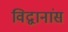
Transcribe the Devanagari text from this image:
विद्वानांस